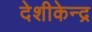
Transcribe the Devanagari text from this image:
देशीकेन्द्र